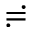
\risingdotseq